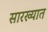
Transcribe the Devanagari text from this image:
सारख्यात